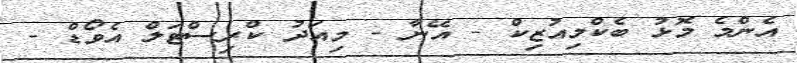
އެންމެ މޮޅު ބެކްމިއުޒިކް - އޭނާ - މިއަދު ކްރިސްޓަލް އެވޯޑް -